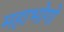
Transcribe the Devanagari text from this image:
महाभोगो